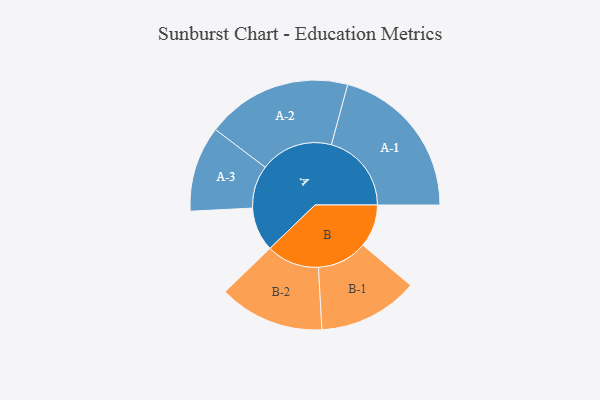
{"axis": {"x": "Segment", "y": "Value"}, "legend": ["", "A", "B"], "data": [{"x": "A", "y": 151, "type": ""}, {"x": "B", "y": 147, "type": ""}, {"x": "A-1", "y": 275, "type": "A"}, {"x": "A-2", "y": 250, "type": "A"}, {"x": "A-3", "y": 147, "type": "A"}, {"x": "B-1", "y": 172, "type": "B"}, {"x": "B-2", "y": 181, "type": "B"}]}